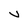
Character: V